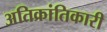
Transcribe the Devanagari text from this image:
अतिक्रांतिकारी